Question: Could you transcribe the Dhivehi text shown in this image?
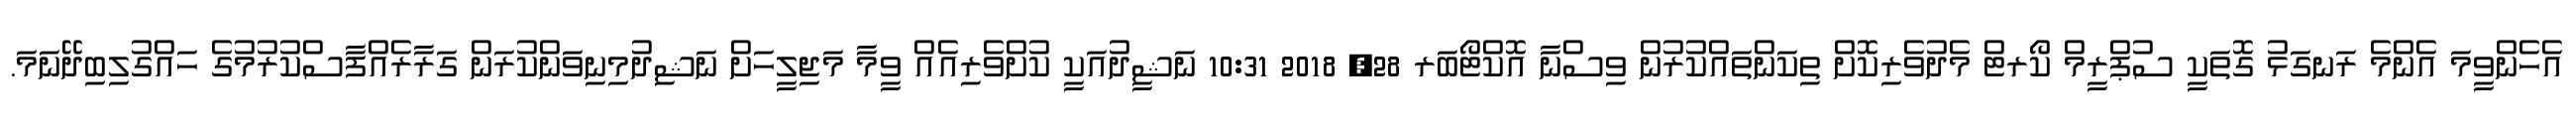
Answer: އެހެންވީމަ އެންމެ ރަނގަޅު ގޮތަކީ ސުޕްރީމް ކޯރޓް މެދުވެރިކޮށް ތިކަންތައްކުރުން ވިސްނާ އޮކްޓޯބަރ 28, 2018 10:31 ނަޝީދުއަކީ ކުށްވެރިއެއް ވީމާ މަޖިލީހަށް ނަޝިދުމިނިވަންކުރަން ގަރާރެއްފާސްކުރުމުގެ ހައްގުލިބިދޭނަމަ.